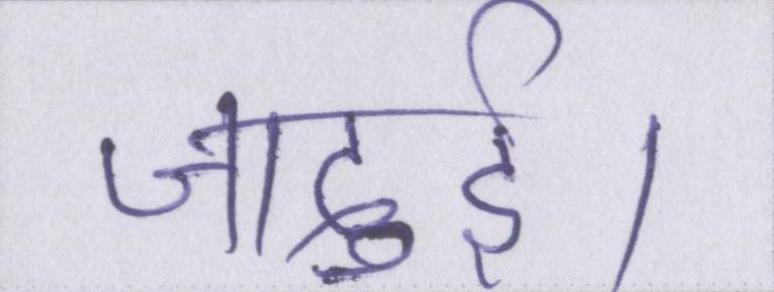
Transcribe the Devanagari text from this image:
जादुई।